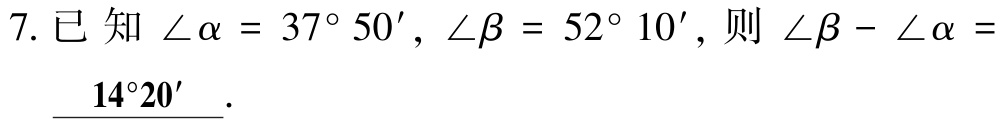
7. 已知 $\angle\alpha = 37^{\circ}50'$, $\angle\beta = 52^{\circ}10'$, 则 $\angle\beta - \angle\alpha =$ \underline{$14^{\circ}20'$}.